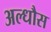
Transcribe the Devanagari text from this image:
अल्धौस